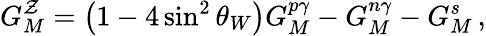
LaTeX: G_{M}^{\mathcal{Z}}=\left(1-4\sin^{2}\theta_{W}\right)G_{M}^{p\gamma}-G_{M}^{n\gamma}-G_{M}^{s}\, ,